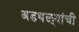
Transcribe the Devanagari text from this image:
अडथळ्यांची